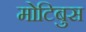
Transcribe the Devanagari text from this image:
मोटिबुस